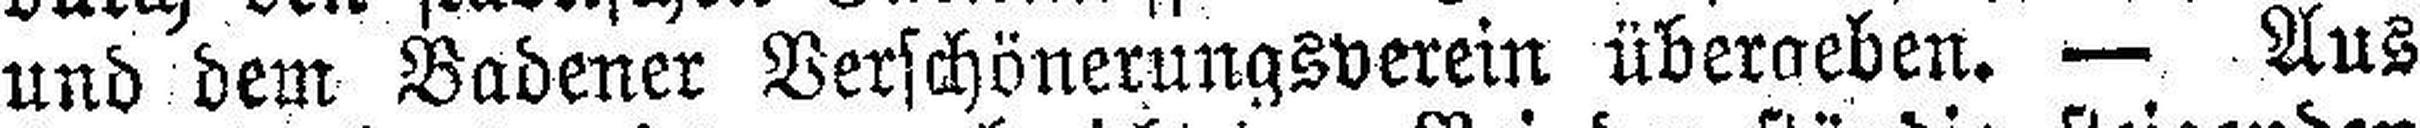
und dem Badener Verschönerungsverein überaeben. — Aus